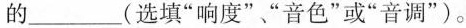
的___(选填“响度”“音色”或“音调”)。